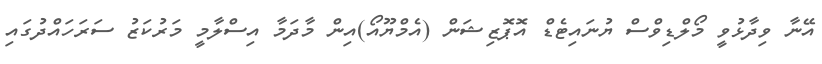
އޭނާ ވިދާޅުވީ މޯލްޑިވްސް ޔުނައިޓެޑް އޮޕޮޒިޝަން (އެމްޔޫއޯ)އިން މާދަމާ އިސްލާމީ މަރުކަޒު ސަރަހައްދުގައި